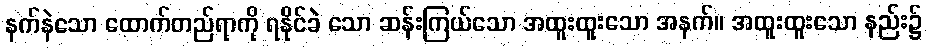
နက်နဲသော ထောက်တည်ရာကို ရနိုင်ခဲ သော ဆန်းကြယ်သော အထူးထူးသော အနက်။ အထူးထူးသော နည်း၌